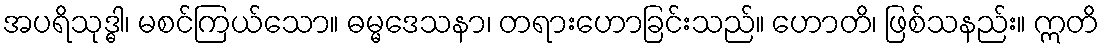
အပရိသုဒ္ဓါ၊ မစင်ကြယ်သော။ ဓမ္မဒေသနာ၊ တရားဟောခြင်းသည်။ ဟောတိ၊ ဖြစ်သနည်း။ ဣတိ